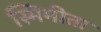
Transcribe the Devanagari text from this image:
स्मिमीता